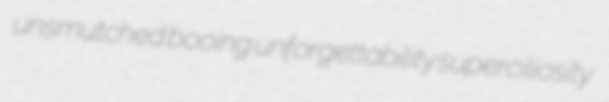
unsmutched booing unforgettability superciliosity